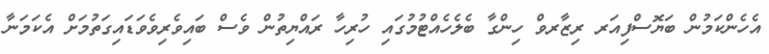
އެހެންކަމުން ބަޔޮސްފިއަރ ރިޒާރވް ހިންގާ ބެލެހެއްޓުމުގައި ހުރިހާ ރައްޔިތުން ވެސް ބައިވެރިވެވަޑައިގަތުމަށް އެކަމަނާ